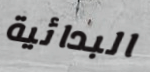
البدائية